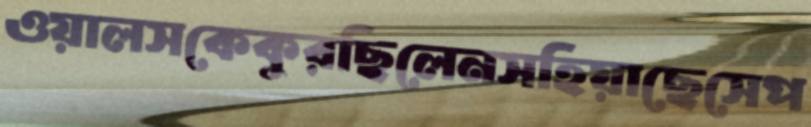
ওয়ালসকেকুরছিলেনসহিয়াছেসেপ